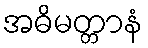
အဓိမတ္တာနံ